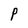
Character: P